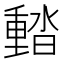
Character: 濌